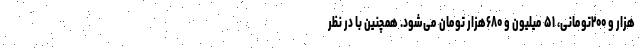
هزار و ۲۰۰تومانی، ۵۱ میلیون و ۶۸۰هزار تومان می‌شود. همچنین با در نظر